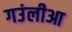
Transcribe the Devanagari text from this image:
गउंलीआ